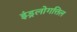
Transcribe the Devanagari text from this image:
इंड्रलोगत्तिल